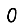
Digit: 0